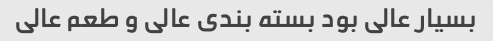
بسیار عالی بود بسته بندی عالی و طعم عالی